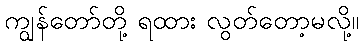
ကျွန်တော်တို့ ရထား လွတ်တော့မလို့။